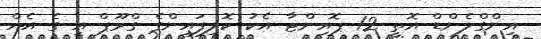
އިންގްލެންޑް އޮތީ 12 ޕޮއިންޓާ އެކު ކޮލިފައިންގެ ގްރޫޕް އީ ގެ އެއް